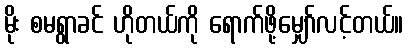
မိုး စမရွာခင် ဟိုတယ်ကို ရောက်ဖို့မျှော်လင့်တယ်။